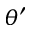
\theta ^ { \prime }